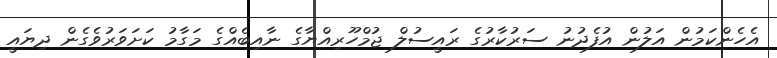
އެހެންކަމުން އަލުން އުފެދުނު ސަރުކާރުގެ ރައީސުލް ޖުމްހޫރިއްޔާގެ ނާއިބެއްގެ މަގާމު ކަށަވަރުވެގެން ދިޔައީ